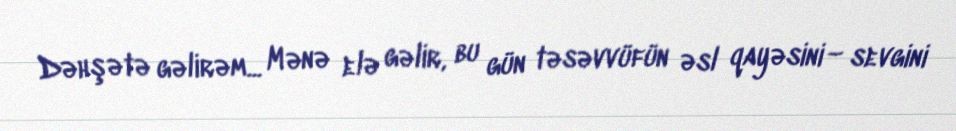
Dəhşətə gəlirəm... Mənə elə gəlir, bu gün təsəvvüfün əsl qayəsini – sevgini